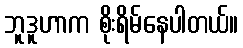
ဘူဒူဟာက စိုးရိမ်နေပါတယ်။